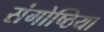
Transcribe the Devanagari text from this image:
संगोष्ठिया